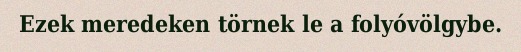
Ezek meredeken törnek le a folyóvölgybe.